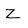
Character: Z